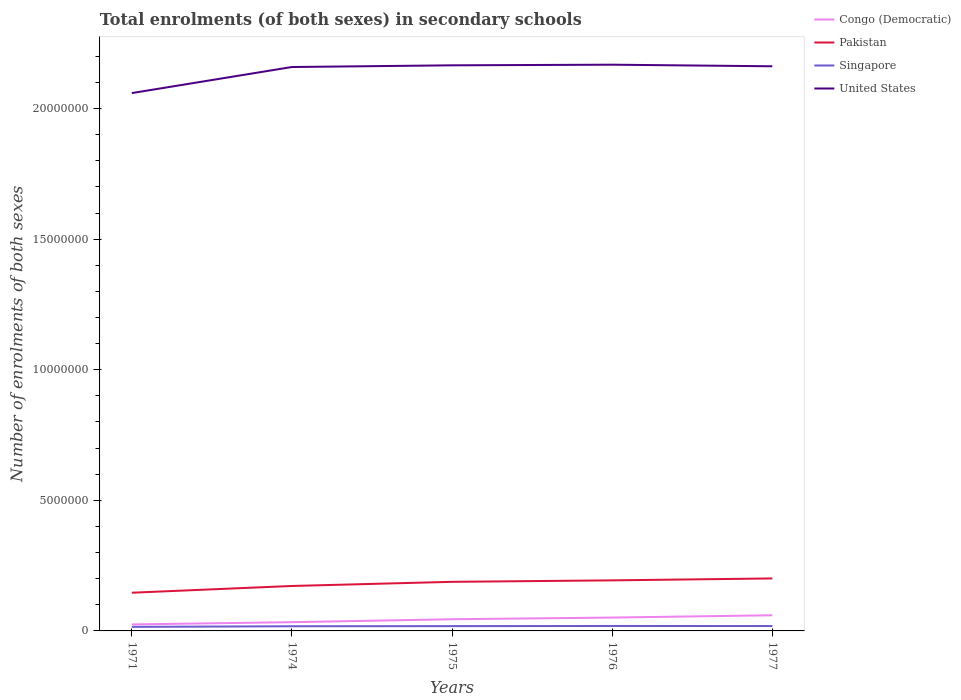
| Years | Congo (Democratic) | Pakistan | Singapore | United States |
 | --- | --- | --- | --- | --- |
 | 1971 | 2.48e+05 | 1.46e+06 | 1.56e+05 | 2.06e+07 |
 | 1974 | 3.35e+05 | 1.72e+06 | 1.79e+05 | 2.16e+07 |
 | 1975 | 4.47e+05 | 1.88e+06 | 1.83e+05 | 2.17e+07 |
 | 1976 | 5.11e+05 | 1.94e+06 | 1.9e+05 | 2.17e+07 |
 | 1977 | 5.99e+05 | 2.01e+06 | 1.87e+05 | 2.16e+07 |